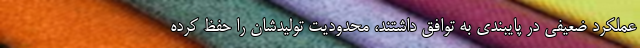
عملکرد ضعیفی در پایبندی به توافق داشتند، محدودیت تولیدشان را حفظ کرده